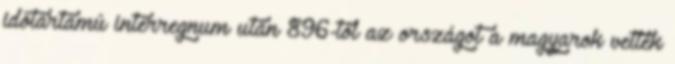
időtartamú interregnum után 896-tól az országot a magyarok vették